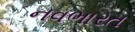
નવભારત